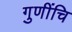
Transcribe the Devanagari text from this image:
गुणींचि